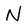
Character: N